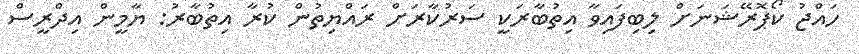
ހައްޖު ކޯޕޮރޭޝަނަށް ލިބިފައިވާ އިތުބާރަކީ ސަރުކާރަށް ރައްޔިތުން ކުރާ އިތުބާރު: ޔާމީން އިދްރީސް